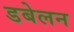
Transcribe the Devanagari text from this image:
डबेलन